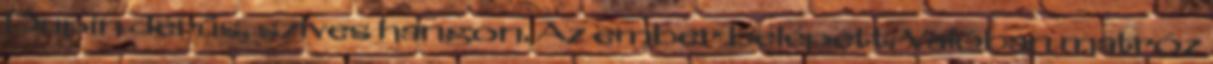
Dupin derűs, szíves hangon. Az ember belépett. Valóban matróz